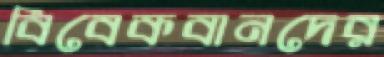
বিবেকবানদের